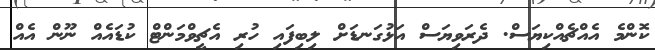
ކޮންމެ އެއްޗެއްކިޔަސް. ދެރަވިޔަސް އަޅުގަނޑަށް ލިބިފައި ހުރި އެޗީވްމަންޓް ކުޑައެއް ނޫން އެއް